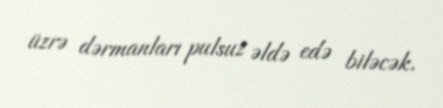
üzrə dərmanları pulsuz əldə edə biləcək.